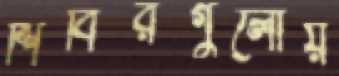
শিবিরগুলোয়